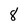
Character: 8